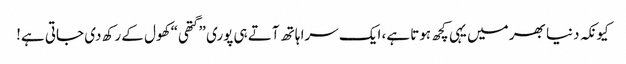
کیونکہ دنیا بھر میں یہی کچھ ہوتا ہے، ایک سرا ہاتھ آتے ہی پوری ”گتھی“ کھول کے رکھ دی جاتی ہے!